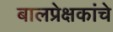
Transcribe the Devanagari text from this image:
बालप्रेक्षकांचे